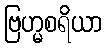
ဗြဟ္မစရိယာ